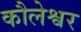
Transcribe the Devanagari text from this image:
कौलेश्वर